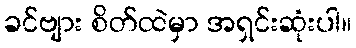
ခင်ဗျား စိတ်ထဲမှာ အရှင်းဆုံးပါ။